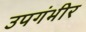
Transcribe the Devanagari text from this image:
उपगंभीर